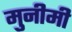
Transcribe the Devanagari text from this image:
मुनीमी